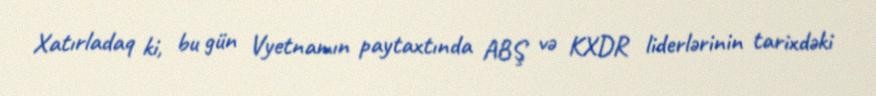
Xatırladaq ki, bu gün Vyetnamın paytaxtında ABŞ və KXDR liderlərinin tarixdəki